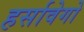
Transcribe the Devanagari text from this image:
हर्सावेगो